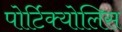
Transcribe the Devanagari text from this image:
पोर्टिक्योलिस